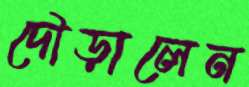
দৌড়ালেন